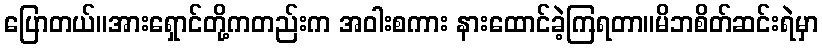
ပြောတယ်။အားရှောင်တို့ကတည်းက အဝါးစကား နားထောင်ခဲ့ကြရတာ။မိဘစိတ်ဆင်းရဲမှာ